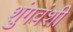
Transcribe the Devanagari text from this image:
शुंगवंशी